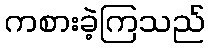
ကစားခဲ့ကြသည်